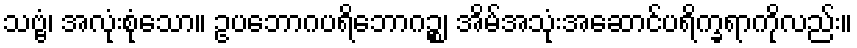
သဗ္ဗံ၊ အလုံးစုံသော။ ဥပဘောဂပရိဘောဂဉ္စ၊ အိမ်အသုံးအဆောင်ပရိက္ခရာကိုလည်း။